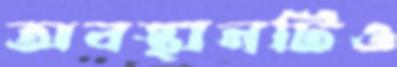
অবস্থানটিও